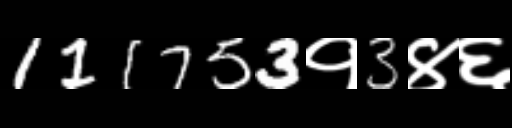
Text: 111753१3४६